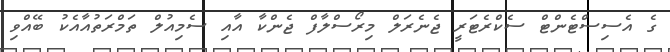
ގެ އެސިސްޓެންޓް ސެކްރެޓަރީ ޖެނެރަލް މިރޯސްލާފް ޖެންކާ އާއި ސެމިއުލް ތަމްރަތުއާއެކު ބޭއްވި